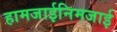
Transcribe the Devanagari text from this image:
हामजाईनिमजाई